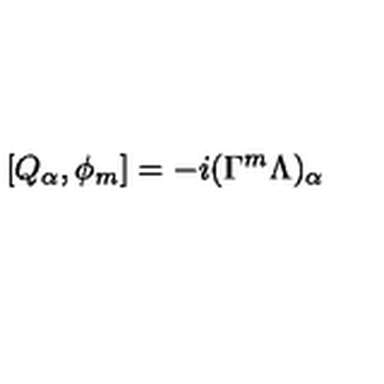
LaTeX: [ Q _ { \alpha } , \phi _ { m } ] = - i ( \Gamma ^ { m } \Lambda ) _ { \alpha }